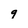
Character: 9